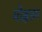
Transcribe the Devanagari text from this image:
मोक्षरूप